342_HS1-416511228_319.1 Flying Discs 1949
Agency: Department of War
Incident date: 1/9/50
Page 117
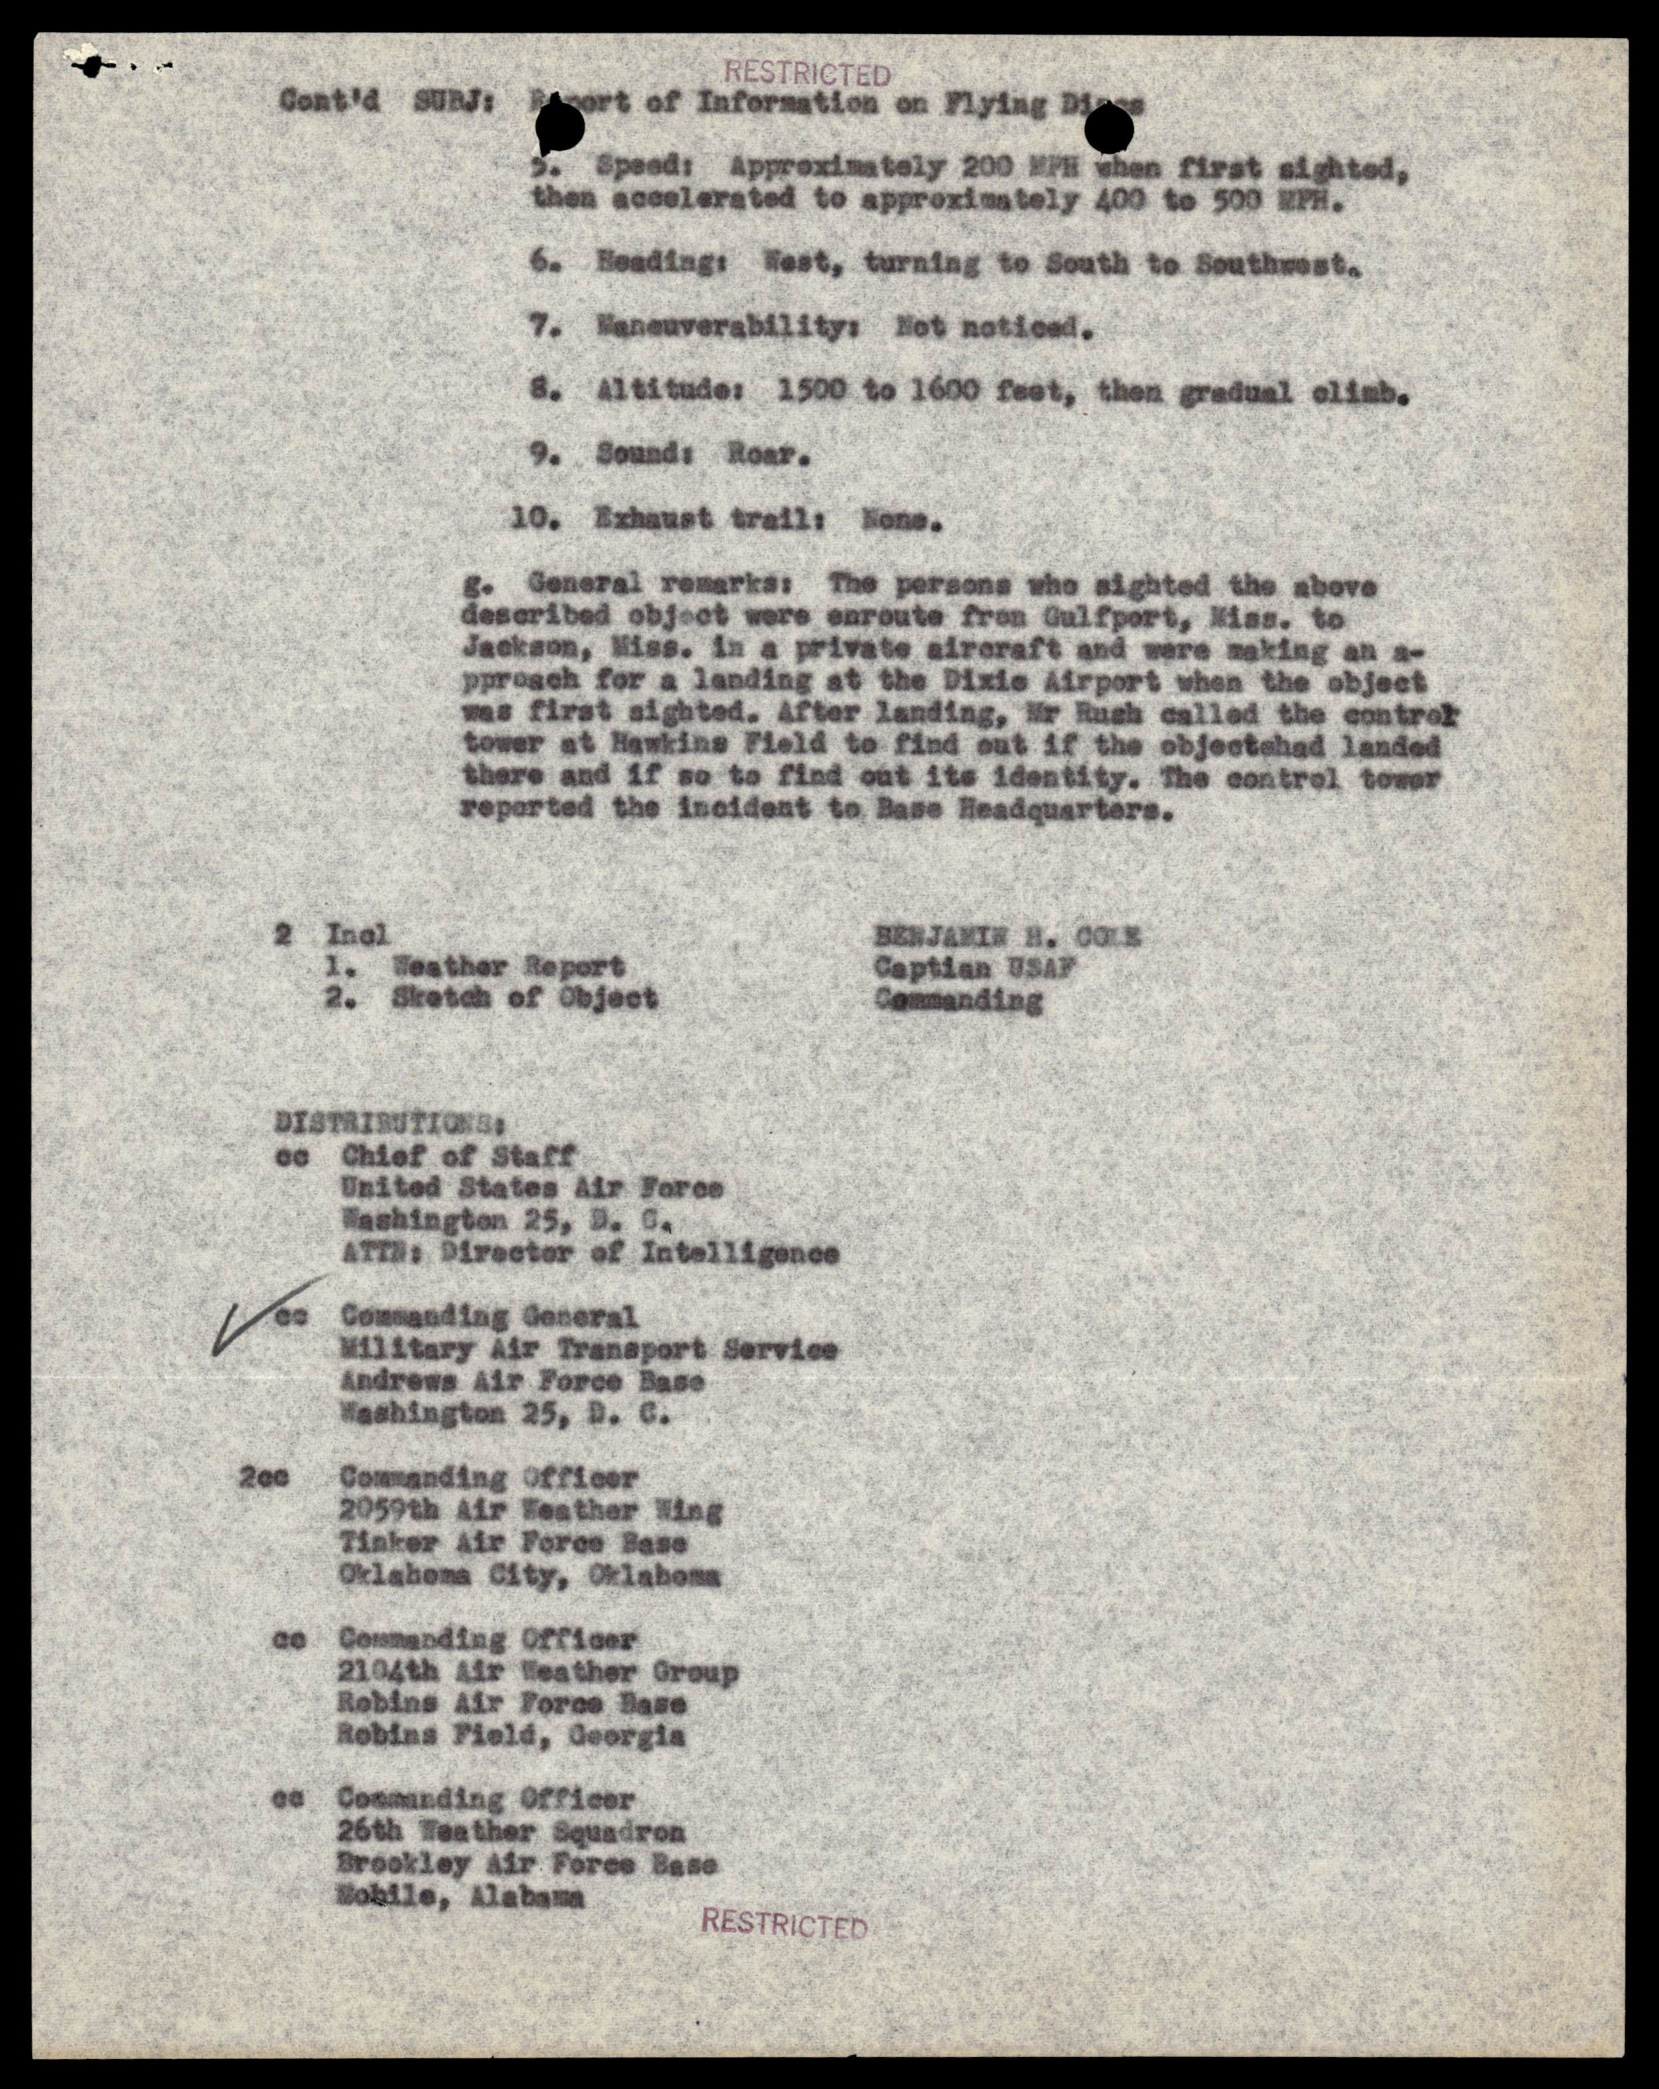